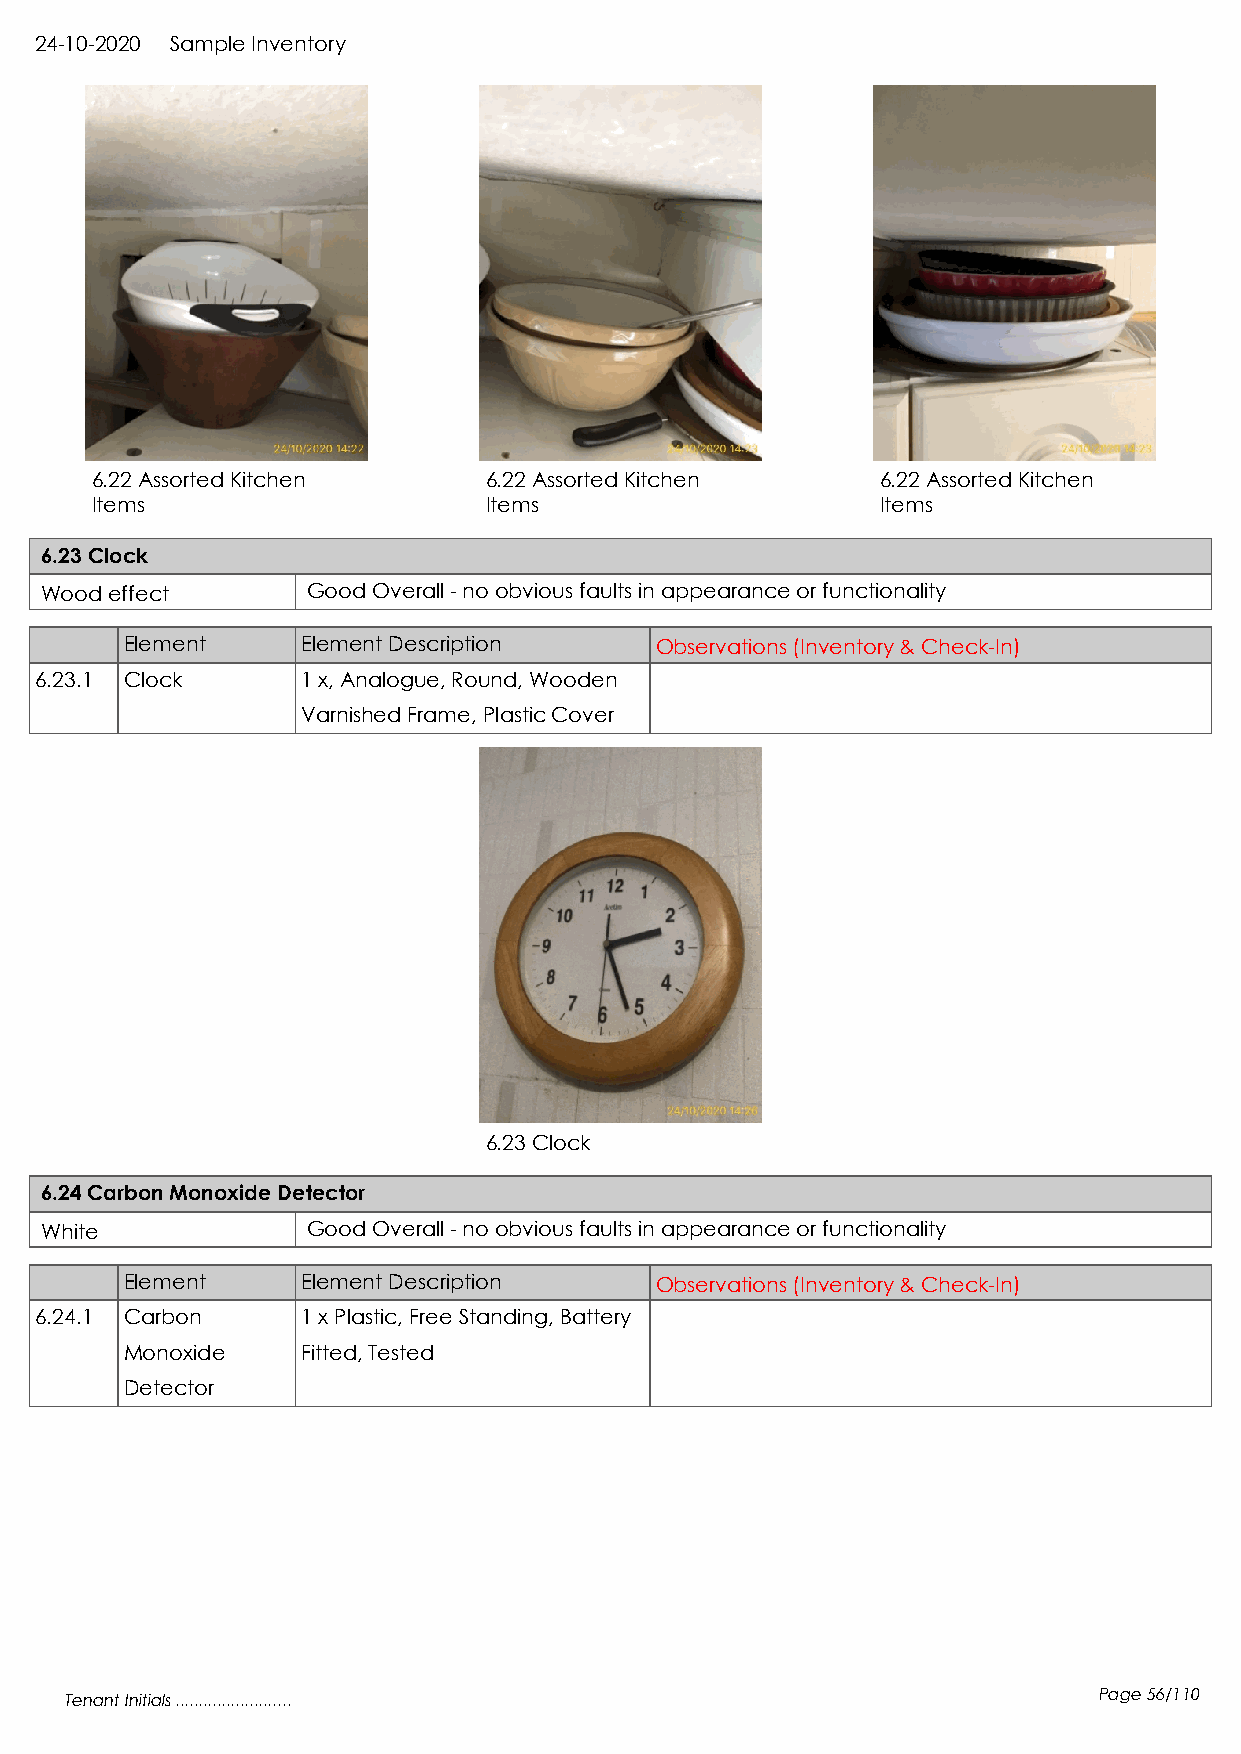
24-10-2020 Sample Inventory
 6.22 Assorted Kitchen     6.22 Assorted Kitchen     6.22 Assorted Kitchen
 Items                     Items                     Items
 6.23 Clock
 Wood effect      Good Overall - no obvious faults in appearance or functionality
 Element     Element Description    Observations (Inventory & Check-In)
 6.23.1 Clock      1 x, Analogue, Round, Wooden
 Varnished Frame, Plastic Cover
 6.23 Clock
 6.24 Carbon Monoxide Detector
 White            Good Overall - no obvious faults in appearance or functionality
 Element     Element Description    Observations (Inventory & Check-In)
 6.24.1 Carbon     1 x Plastic, Free Standing, Battery
 Monoxide    Fitted, Tested
 Detector
 Tenant Initials .........................                            Page 56/110